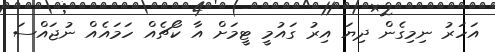
އަހަރު ނިމިގެން ދިޔަ އިރު ގައުމީ ޓީމަށް އާ ކޯޗެއް ހަމައެއް ނުޖައްސަ